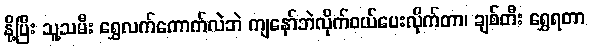
နို့ပြီး သူ့သမီး ရွှေလက်ကောက်လဲဘဲ ကျနော်ဘဲလိုက်ဝယ်ပေးလိုက်တာ၊ ချစ်တီး ရွှေရတာ